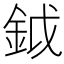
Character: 鉞